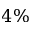
4 \%